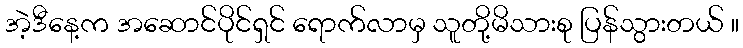
အဲ့ဒီနေ့က အဆောင်ပိုင်ရှင် ရောက်လာမှ သူတို့မိသားစု ပြန်သွားတယ် ။